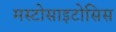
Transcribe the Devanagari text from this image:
मस्टोसाइटोसिस